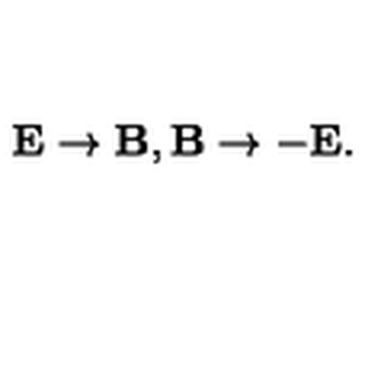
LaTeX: \mathbf { E } \rightarrow \mathbf { B } , \mathbf { B } \rightarrow - \mathbf { E } .